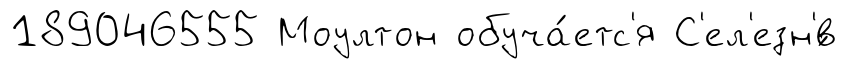
189046555 Моултон обуча́етс'я С'ел'езн'́в